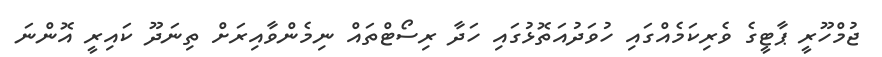
ޖުމްހޫރީ ޕާޓީގެ ވެރިކަމެއްގައި ހުވަދުއަތޮޅުގައި ހަދާ ރިސޯޓްތައް ނިމެންވާއިރަށް ތިނަދޫ ކައިރީ އޮންނަ